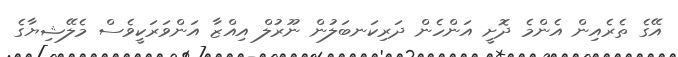
އޭގެ ތެރެއިން އެންމެ ދޮށީ އަންހެން ދަރިކަނބަލުން ނޫރުލް އިއްޒާ އަންވަރަކީވެސް މެލޭޝިޔާގެ